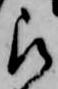
被